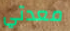
معدتي